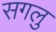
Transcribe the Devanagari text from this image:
सगलु